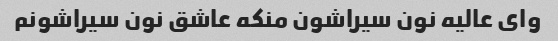
وای عالیه نون سیراشون منکه عاشق نون سیراشونم